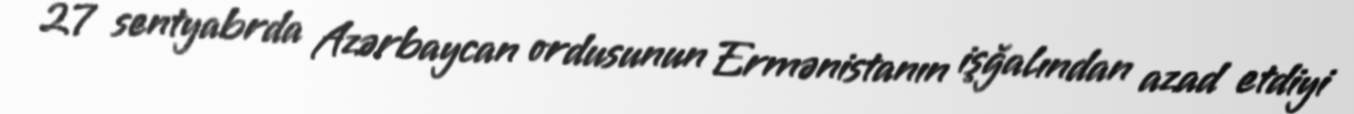
27 sentyabrda Azərbaycan ordusunun Ermənistanın işğalından azad etdiyi